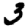
Digit: 3